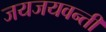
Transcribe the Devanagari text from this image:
जयजयवन्ती